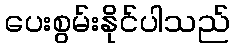
ပေးစွမ်းနိုင်ပါသည်